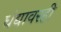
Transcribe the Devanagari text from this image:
धंद्यावरही